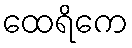
ထေရိကေ